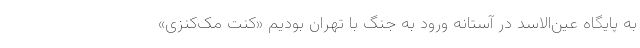
به پایگاه عین‌الاسد در آستانه ورود به جنگ با تهران بودیم «کنت مک‌کنزی»